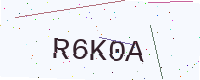
Text: R6K0A